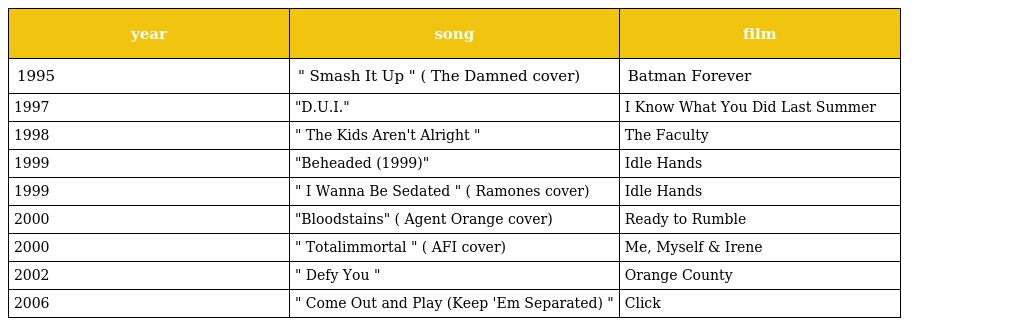
| year | song | film |
 | --- | --- | --- |
 | 1995 | " Smash It Up " ( The Damned cover) | Batman Forever |
 | 1997 | "D.U.I." | I Know What You Did Last Summer |
 | 1998 | " The Kids Aren't Alright " | The Faculty |
 | 1999 | "Beheaded (1999)" | Idle Hands |
 | 1999 | " I Wanna Be Sedated " ( Ramones cover) | Idle Hands |
 | 2000 | "Bloodstains" ( Agent Orange cover) | Ready to Rumble |
 | 2000 | " Totalimmortal " ( AFI cover) | Me, Myself & Irene |
 | 2002 | " Defy You " | Orange County |
 | 2006 | " Come Out and Play (Keep 'Em Separated) " | Click |